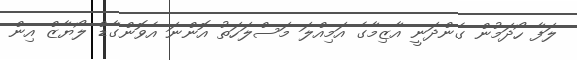
ލަފާ ހޯދަމުން ގެންދަނީ އާޒިމާގެ އަމިއްލަ މަސްލަހަތު އޮންނަ އެވޮންގާޑް ލޯޔާޒް އިން